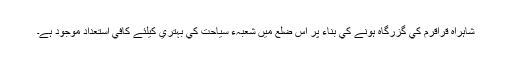
شاہراہِ قراقُرم کي گزرگاہ ہونے کي بناء پر اس ضلع ميں شعبہء سياحت کي بہتري کيلئے کافي استعداد موجود ہے۔